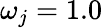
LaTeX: \omega_{j}=1.0